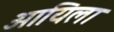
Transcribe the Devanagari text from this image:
आयिला